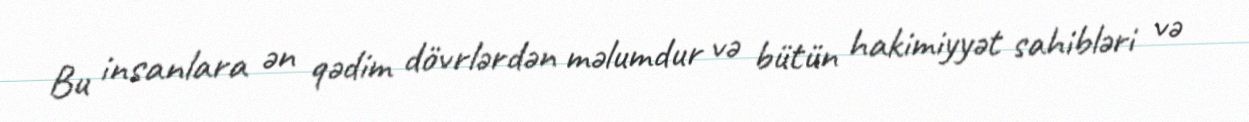
Bu insanlara ən qədim dövrlərdən məlumdur və bütün hakimiyyət sahibləri və